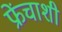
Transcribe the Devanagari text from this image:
फ्रेंचाशी